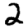
Digit: 2